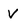
Character: V